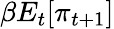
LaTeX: \beta E_{t}[\pi_{t+1}]